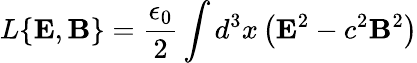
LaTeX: L\{ {\mathbf E},{\mathbf B}\} =\frac{\epsilon_{0}}{2}\int d^{3}x\left({\mathbf E}^{2}-c^{2}{\mathbf B}^{2}\right)